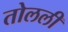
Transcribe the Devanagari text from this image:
तोलली